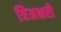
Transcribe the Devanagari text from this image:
त्रिअक्षरी